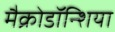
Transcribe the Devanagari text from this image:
मैक्रोडॉन्शिया